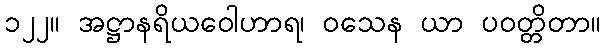
၁၂၂။ အဋ္ဌာနရိယဝေါဟာရ၊ ဝသေန ယာ ပဝတ္တိတာ။